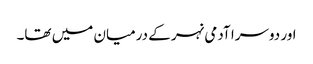
اور دوسرا آدمی نہر کے درمیان میں تھا۔